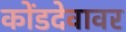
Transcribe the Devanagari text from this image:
कोंडदेवावर